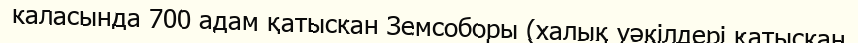
каласында 700 адам қатыскан Земсоборы (халық уәкілдері қатыскан